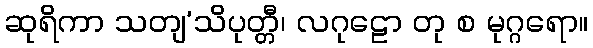
ဆုရိကာ သတျ’သိပုတ္တီ၊ လဂုဠော တု စ မုဂ္ဂရော။